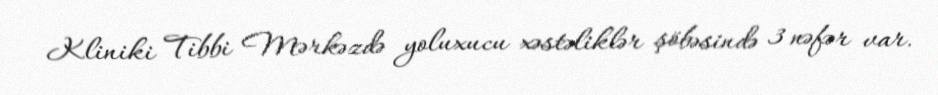
Kliniki Tibbi Mərkəzdə yoluxucu xəstəliklər şöbəsində 3 nəfər var.